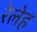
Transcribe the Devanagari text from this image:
रेलेह